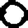
Digit: 0